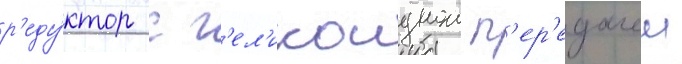
р'еду́ктор с г'ел'икоиднои п'ер'едачеи